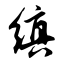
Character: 缜